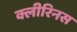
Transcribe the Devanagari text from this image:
क्लीरिनस